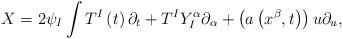
LaTeX: \begin{align*}X=2\psi _{I}\int T^{I}\left( t\right) \partial _{t}+T^{I}Y_{I}^{\alpha}\partial _{\alpha }+\left( a\left( x^{\beta },t\right) \right) u\partial_{u},\end{align*}